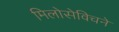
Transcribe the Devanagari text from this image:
मिलोसेविचने